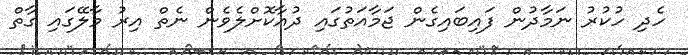
ހެދި ހުކުރު ނަމާދުން ފައިބައިގެން ޖަމާއަތުގައި ދުއާކޮށްލެވެން ނެތް އިރު މާލޭގައި ގާތް